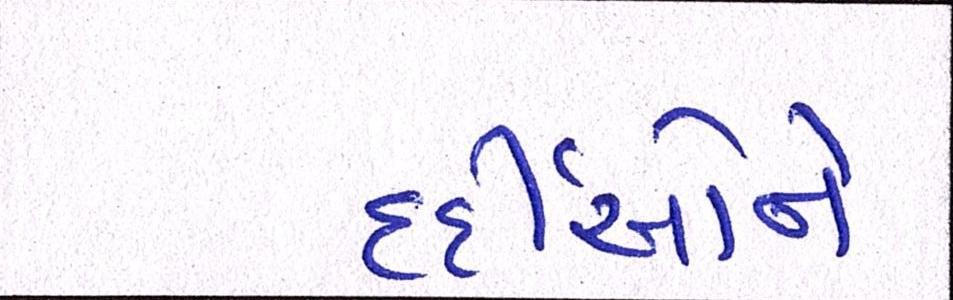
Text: દર્દીઓને